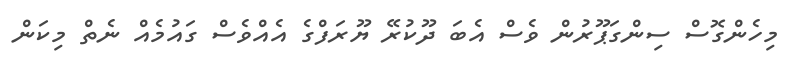
މިހެންގޮސް ސިންގަޕޫރުން ވެސް އެބަ ދޫކުރޭ ޔޫރަފްގެ އެއްވެސް ގައުމެއް ނެތް މިކަން